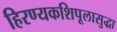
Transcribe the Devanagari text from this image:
हिरण्यकशिपूलासुद्धा